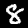
Label: 8